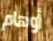
أوهام